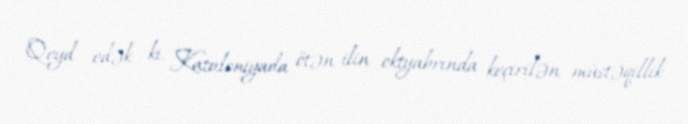
Qeyd edək ki, Kataloniyada ötən ilin oktyabrında keçirilən müstəqillik